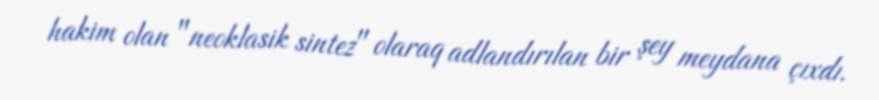
hakim olan "neoklasik sintez" olaraq adlandırılan bir şey meydana çıxdı.